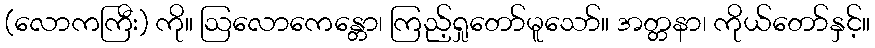
(လောကကြီး) ကို။ ဩလောကေန္တော၊ ကြည့်ရှုတော်မူသော်။ အတ္တနာ၊ ကိုယ်တော်နှင့်။